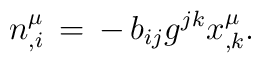
n^\mu _{,i}\,=\,-\,b_{ij}g^{jk}x^\mu _{,k}.